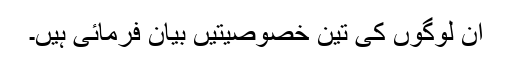
ان لوگوں کی تین خصوصیتیں بیان فرمائی ہیں۔